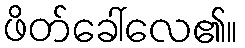
ဖိတ်ခေါ်လေ၏။